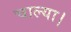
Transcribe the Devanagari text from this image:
चाल्या।